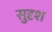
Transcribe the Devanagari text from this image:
सुदृश